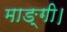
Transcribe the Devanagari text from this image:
माङ्गी।